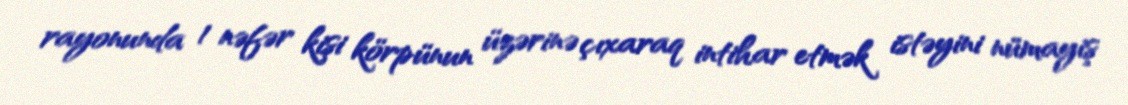
rayonunda 1 nəfər kişi körpünun üzərinə çıxaraq intihar etmək istəyini nümayiş